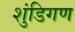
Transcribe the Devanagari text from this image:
शुंडिगण